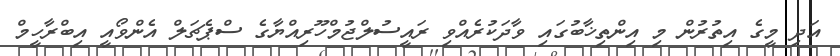
އަދި މީގެ އިތުރުން މި އިންތިޚާބުގައި ވާދަކުރެއްވި ރައީސުލްޖުމްހޫރިއްޔާގެ ސްޕެޗަލް އެންވޯއީ އިބްރާހީމް